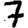
Digit: 7